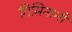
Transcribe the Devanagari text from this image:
गिमिनानी